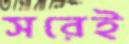
সরেই